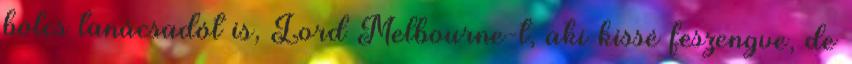
bölcs tanácsadót is, Lord Melbourne-t, aki kissé feszengve, de